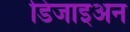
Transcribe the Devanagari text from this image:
डिजाइअन